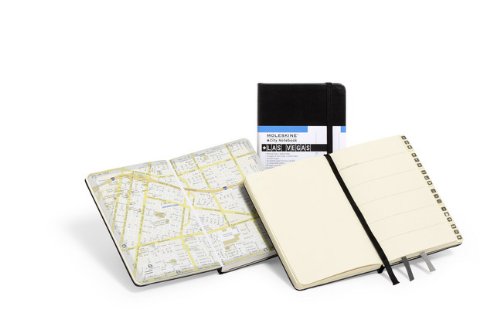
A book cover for Moleskine City Notebook Las Vegas; Moleskine; Travel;